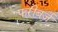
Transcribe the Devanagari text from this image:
फरीबर्ज